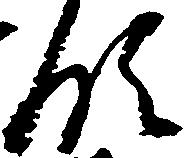
領